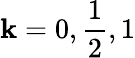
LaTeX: \mathbf{k}=0,\frac{{1}}{{2}},1